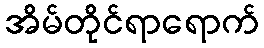
အိမ်တိုင်ရာရောက်